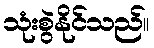
သုံးစွဲနိုင်သည်။